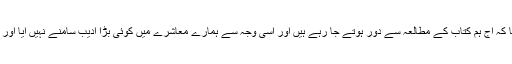
انہوں نے ’’ این این آئی‘‘ سے خصوصی گفتگو کرتے ہوئے کہا کہ آج ہم کتاب کے مطالعہ سے دور ہوتے جا رہے ہیں اور اسی وجہ سے ہمارے معاشرے میں کوئی بڑا ادیب سامنے نہیں آیا اور صرف پرانے ادیب اور رائٹرز کا لکھا ہوا کلام ہی موجود ہے ۔